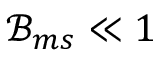
\mathcal { B } _ { m s } \ll 1